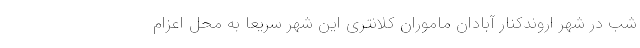
شب در شهر اروندکنار آبادان ماموران کلانتری این شهر سریعا به محل اعزام